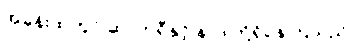
အခန်းထဲတွင် ဆာဘရီနှင့် နာဒါတို့ရှိနေကြသည်။